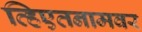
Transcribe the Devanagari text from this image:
व्हिएतनामवर